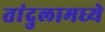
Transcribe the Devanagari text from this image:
तांदुलामध्ये